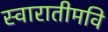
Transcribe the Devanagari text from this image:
स्वारातीमवि